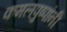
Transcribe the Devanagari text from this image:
कमलपुष्पांनी